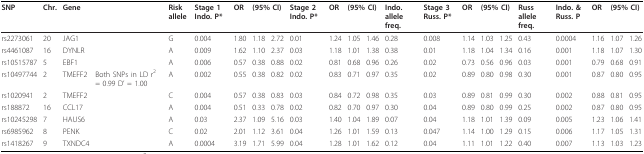
<table><thead><tr><td><b>SNP</b></td><td><b>Chr.</b></td><td><b>Gene</b></td><td></td><td><b>Risk allele</b></td><td><b>Stage 1 Indo. P*</b></td><td><b>OR</b></td><td colspan="2"><b>(95% CI)</b></td><td><b>Stage 2 Indo. P*</b></td><td><b>OR</b></td><td colspan="2"><b>(95% CI)</b></td><td><b>Indo. allele freq.</b></td><td><b>Stage 3 Russ. P*</b></td><td><b>OR</b></td><td colspan="2"><b>(95% CI)</b></td><td><b>Russ allele freq.</b></td><td><b>Indo. &amp; Russ. P</b></td><td><b>OR</b></td><td colspan="2"><b>(95% CI)</b></td></tr></thead><tbody><tr><td>rs2273061</td><td>20</td><td>JAG1</td><td></td><td>G</td><td>0.004</td><td>1.80</td><td>1.18</td><td>2.72</td><td>0.01</td><td>1.24</td><td>1.05</td><td>1.46</td><td>0.28</td><td>0.008</td><td>1.14</td><td>1.03</td><td>1.25</td><td>0.43</td><td>0.0004</td><td>1.16</td><td>1.07</td><td>1.26</td></tr><tr><td>rs4461087</td><td>16</td><td>DYNLR</td><td></td><td>A</td><td>0.009</td><td>1.62</td><td>1.10</td><td>2.37</td><td>0.03</td><td>1.18</td><td>1.01</td><td>1.38</td><td>0.38</td><td>0.01</td><td>1.18</td><td>1.04</td><td>1.34</td><td>0.16</td><td>0.001</td><td>1.18</td><td>1.07</td><td>1.30</td></tr><tr><td>rs10515787</td><td>5</td><td>EBF1</td><td></td><td>A</td><td>0.006</td><td>0.57</td><td>0.38</td><td>0.88</td><td>0.02</td><td>0.81</td><td>0.68</td><td>0.96</td><td>0.26</td><td>0.02</td><td>0.73</td><td>0.56</td><td>0.96</td><td>0.03</td><td>0.001</td><td>0.79</td><td>0.68</td><td>0.91</td></tr><tr><td>rs10497744</td><td>2</td><td>TMEFF2</td><td>Both SNPs in LD r<sup>2</sup> = 0.99 D&#x27; = 1.00</td><td>A</td><td>0.002</td><td>0.55</td><td>0.38</td><td>0.82</td><td>0.02</td><td>0.83</td><td>0.71</td><td>0.97</td><td>0.35</td><td>0.02</td><td>0.89</td><td>0.80</td><td>0.98</td><td>0.30</td><td>0.001</td><td>0.87</td><td>0.80</td><td>0.95</td></tr><tr><td>rs1020941</td><td>2</td><td>TMEFF2</td><td></td><td>C</td><td>0.004</td><td>0.57</td><td>0.38</td><td>0.83</td><td>0.03</td><td>0.84</td><td>0.72</td><td>0.98</td><td>0.35</td><td>0.03</td><td>0.89</td><td>0.81</td><td>0.99</td><td>0.30</td><td>0.002</td><td>0.88</td><td>0.81</td><td>0.95</td></tr><tr><td>rs188872</td><td>16</td><td>CCL17</td><td></td><td>A</td><td>0.004</td><td>0.51</td><td>0.33</td><td>0.78</td><td>0.02</td><td>0.82</td><td>0.70</td><td>0.97</td><td>0.30</td><td>0.04</td><td>0.89</td><td>0.80</td><td>0.99</td><td>0.25</td><td>0.002</td><td>0.87</td><td>0.80</td><td>0.95</td></tr><tr><td>rs10245298</td><td>7</td><td>HAUS6</td><td></td><td>A</td><td>0.03</td><td>2.37</td><td>1.09</td><td>5.16</td><td>0.03</td><td>1.40</td><td>1.04</td><td>1.89</td><td>0.07</td><td>0.04</td><td>1.18</td><td>1.01</td><td>1.39</td><td>0.09</td><td>0.005</td><td>1.23</td><td>1.06</td><td>1.41</td></tr><tr><td>rs6985962</td><td>8</td><td>PENK</td><td></td><td>C</td><td>0.02</td><td>2.01</td><td>1.12</td><td>3.61</td><td>0.04</td><td>1.26</td><td>1.01</td><td>1.59</td><td>0.13</td><td>0.047</td><td>1.14</td><td>1.00</td><td>1.29</td><td>0.15</td><td>0.006</td><td>1.17</td><td>1.05</td><td>1.31</td></tr><tr><td>rs1418267</td><td>9</td><td>TXNDC4</td><td></td><td>A</td><td>0.0004</td><td>3.19</td><td>1.71</td><td>5.99</td><td>0.04</td><td>1.28</td><td>1.01</td><td>1.62</td><td>0.12</td><td>0.04</td><td>1.11</td><td>1.01</td><td>1.22</td><td>0.40</td><td>0.007</td><td>1.13</td><td>1.03</td><td>1.23</td></tr></tbody></table>